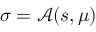
\sigma = \mathcal { A } ( s , \mu )